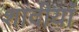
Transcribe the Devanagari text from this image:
शादीयाॅं